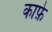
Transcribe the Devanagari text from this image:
काफ़े